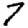
Digit: 7